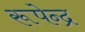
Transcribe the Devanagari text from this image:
रूपेन्द्र